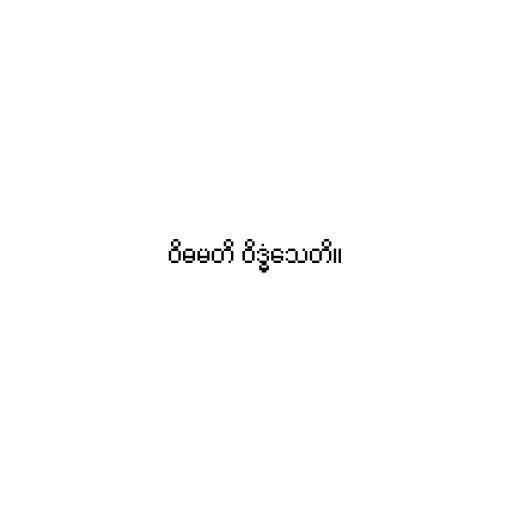
ဝိဓမတိ ဝိဒ္ဓံသေတိ။